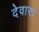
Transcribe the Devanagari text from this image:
देवारा